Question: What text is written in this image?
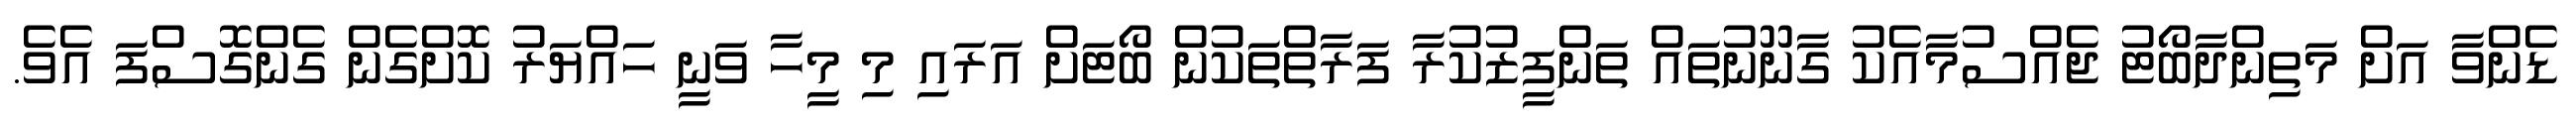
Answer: ޑެންވާ އަށް މަތިންދާބޯޓު ޖެއްސުމާއެކު ގާނޫނުތައް ތަންފީޒުކުރާ ފަރާތްތަކުން ބޯޓަށް އަރައި މި މީހާ ވަނީ ހައްޔަރު ކޮށްގެން ގެންގޮސްފަ އެވެ.